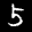
Label: 5